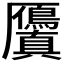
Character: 𭆘